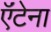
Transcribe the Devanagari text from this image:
ऍंटेना